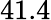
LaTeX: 41.4